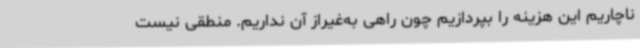
ناچاریم این هزینه را بپردازیم چون راهی به‌غیراز آن نداریم. منطقی نیست